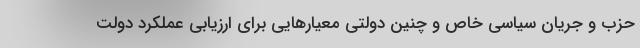
حزب و جریان سیاسی خاص و چنین دولتی معیارهایی برای ارزیابی عملکرد دولت